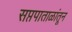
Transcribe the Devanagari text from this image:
सप्तपाताळांतून